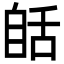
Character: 𦧗